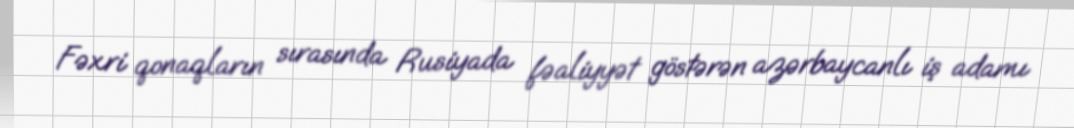
Fəxri qonaqların sırasında Rusiyada fəaliyyət göstərən azərbaycanlı iş adamı